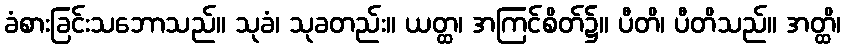
ခံစားခြင်းသဘောသည်။ သုခံ၊ သုခတည်း။ ယတ္ထ၊ အကြင်စိတ်၌။ ပီတိ၊ ပီတိသည်။ အတ္ထိ၊